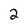
Character: 2